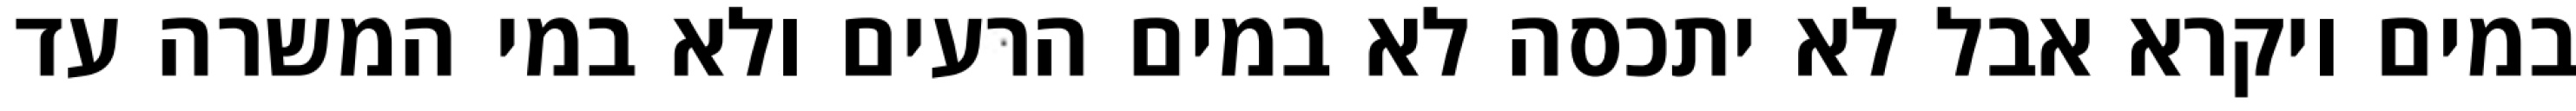
במים ויקרא אבל לא יתכסה לא במים הרעים ולא במי המשרה עד